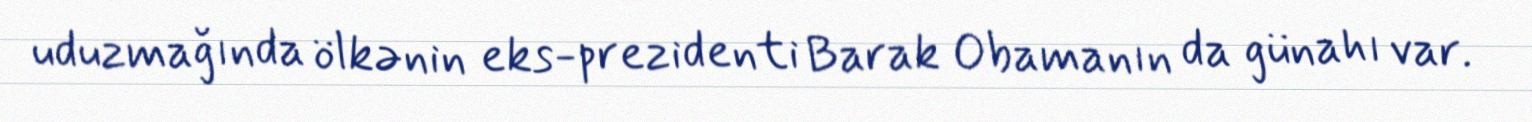
uduzmağında ölkənin eks-prezidenti Barak Obamanın da günahı var.